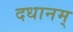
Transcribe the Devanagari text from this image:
दधानम्